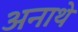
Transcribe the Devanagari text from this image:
अनाथे